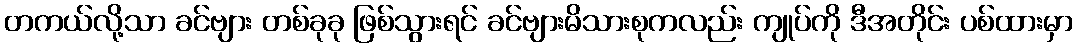
တကယ်လို့သာ ခင်ဗျား တစ်ခုခု ဖြစ်သွားရင် ခင်ဗျားမိသားစုကလည်း ကျုပ်ကို ဒီအတိုင်း ပစ်ထားမှာ